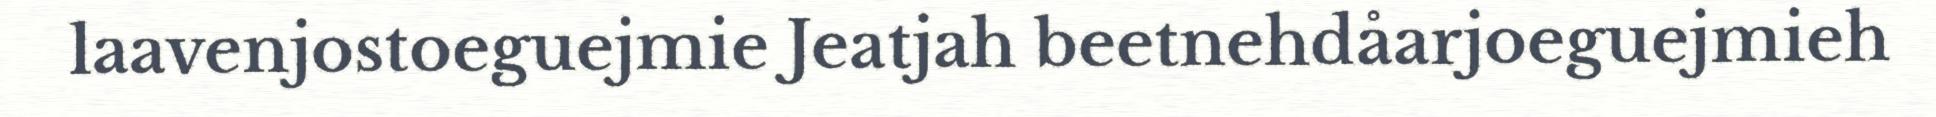
laavenjostoeguejmie Jeatjah beetnehdåarjoeguejmieh